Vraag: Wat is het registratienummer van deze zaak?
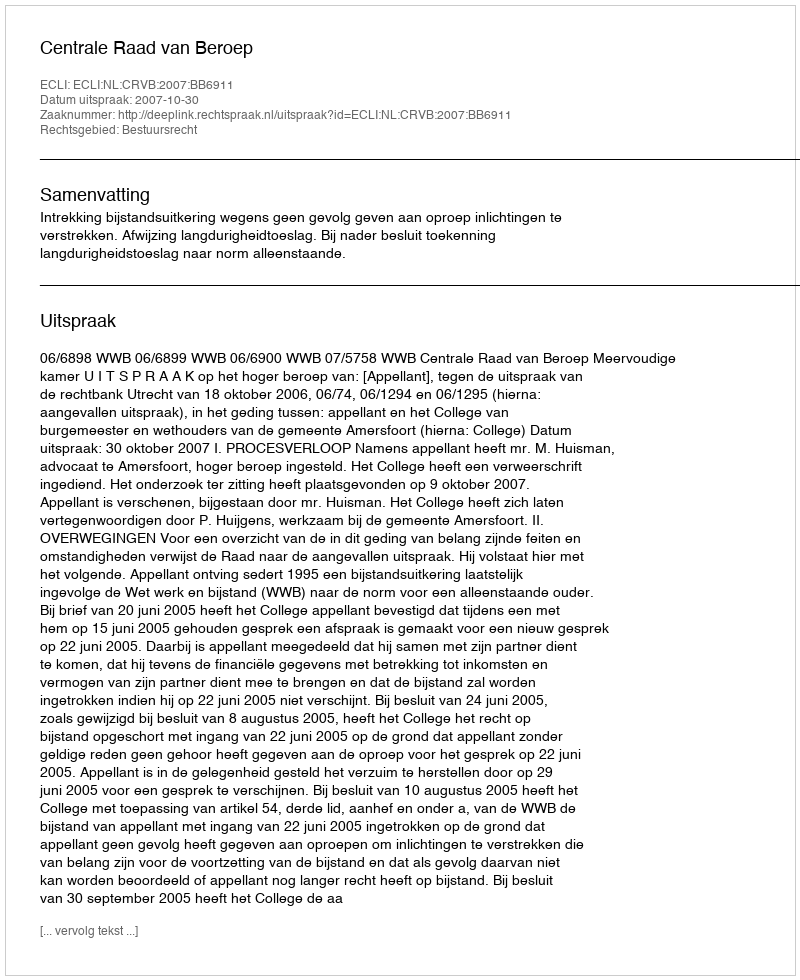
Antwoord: http://deeplink.rechtspraak.nl/uitspraak?id=ECLI:NL:CRVB:2007:BB6911